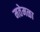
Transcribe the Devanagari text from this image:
मतेमळा